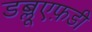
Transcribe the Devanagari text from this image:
डब्लूएफ़डी